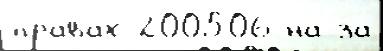
права́х 200506 на за